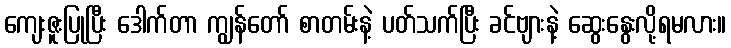
ကျေးဇူးပြုပြီး ဒေါက်တာ ကျွန်တော် စာတမ်းနဲ့ ပတ်သက်ပြီး ခင်ဗျားနဲ့ ဆွေးနွေးလို့ရမလား။